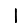
Digit: 1